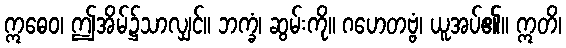
ဣဓေဝ၊ ဤအိမ်၌သာလျှင်။ ဘက္ခံ၊ ဆွမ်းကို။ ဂဟေတဗ္ဗံ၊ ယူအပ်၏။ ဣတိ၊